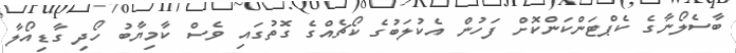
ބާސެލޯނާގެ ކެޕްޓަންކަންކޮށް ފަހުން އެކުލަބުގެ ކޯޗެއްގެ ގޮތުގައި ވެސް ކާމިޔާބު ހޯދި ގާޑިއޯލާ